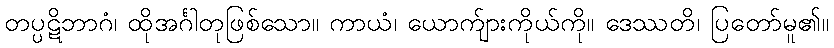
တပ္ပဋိဘာဂံ၊ ထိုအင်္ဂါတုဖြစ်သော။ ကာယံ၊ ယောက်ျားကိုယ်ကို။ ဒေဿတိ၊ ပြတော်မူ၏။